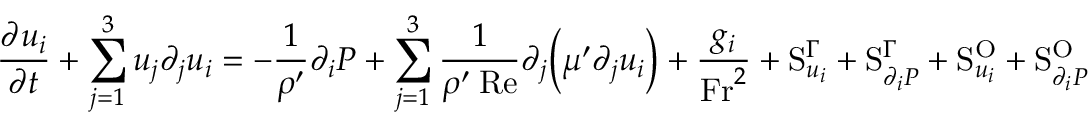
\frac { \partial u _ { i } } { \partial t } + \sum _ { j = 1 } ^ { 3 } u _ { j } \partial _ { j } u _ { i } = - \frac { 1 } { \rho ^ { \prime } } \partial _ { i } P + \sum _ { j = 1 } ^ { 3 } \frac { 1 } { \rho ^ { \prime } \: \mathrm { R e } } \partial _ { j } \Big ( \mu ^ { \prime } \partial _ { j } u _ { i } \Big ) + \frac { g _ { i } } { \mathrm { F r } ^ { 2 } } + \mathrm { S } _ { u _ { i } } ^ { \Gamma } + \mathrm { S } _ { \partial _ { i } P } ^ { \Gamma } + \mathrm { S } _ { u _ { i } } ^ { \mathrm { O } } + \mathrm { S } _ { \partial _ { i } P } ^ { \mathrm { O } }